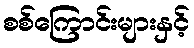
စစ်ကြောင်းများနှင့်